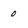
Character: 0